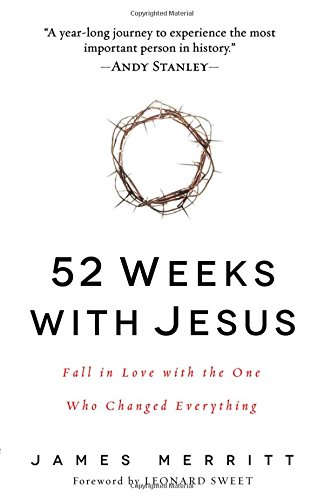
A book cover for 52 Weeks with Jesus: Fall in Love with the One Who Changed Everything; James Merritt; Christian Books & Bibles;